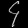
Digit: ၄